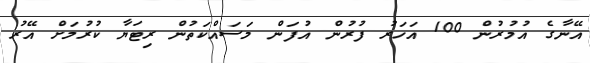
އޭނާގެ އުމުރުން 100 އަހަރު ފުރުން އުފަން މަސައްކަތުން ރިޓަޔާ ކުރުމަށް އޭރު